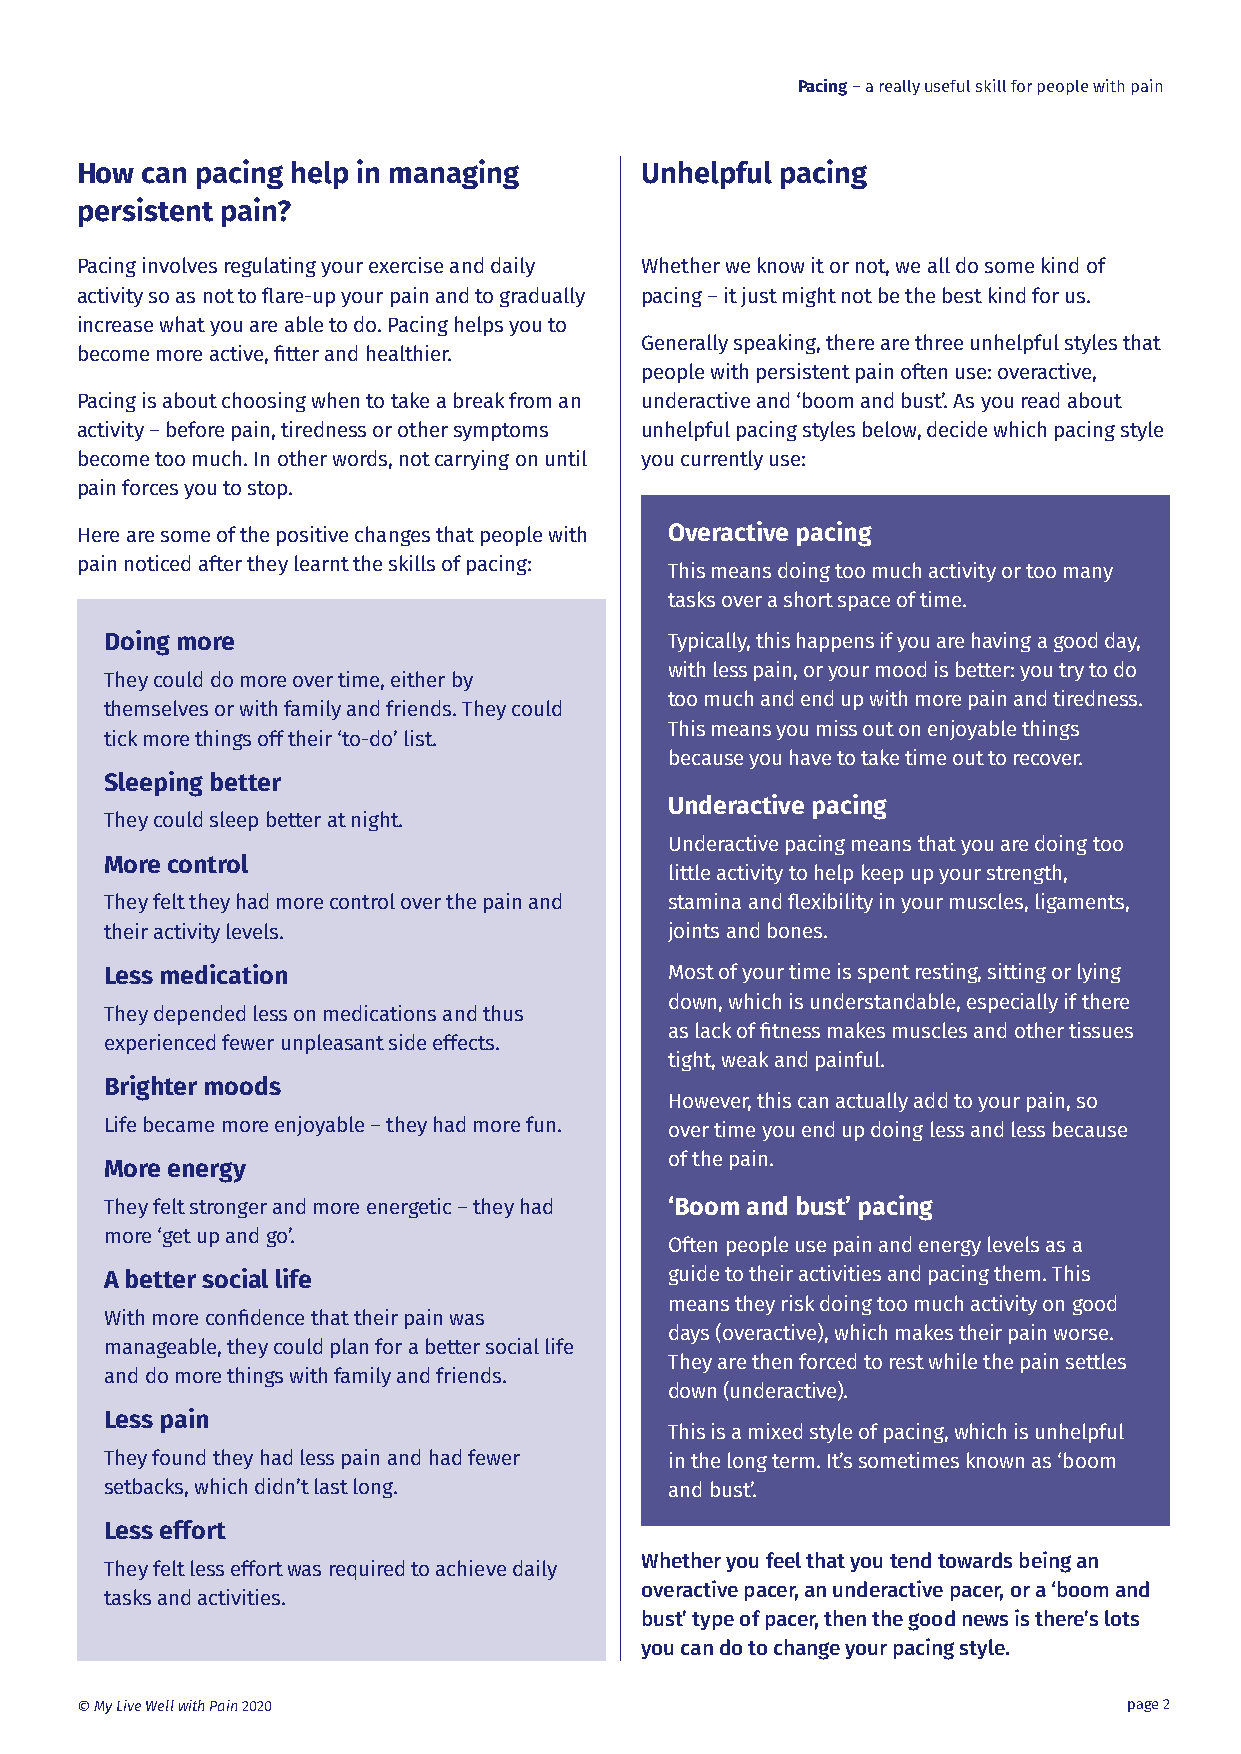
Pacing – a really useful skill for people with pain
 How can pacing help in managing      Unhelpful pacing
 persistent pain?
 Pacing involves regulating your exercise and daily Whether we know it or not, we all do some kind of
 activity so as not to flare-up your pain and to gradually pacing – it just might not be the best kind for us.
 increase what you are able to do. Pacing helps you to
 Generally speaking, there are three unhelpful styles that
 become more active, fitter and healthier.
 people with persistent pain often use: overactive,
 Pacing is about choosing when to take a break from an underactive and ‘boom and bust’. As you read about
 activity – before pain, tiredness or other symptoms unhelpful pacing styles below, decide which pacing style
 become too much. In other words, not carrying on until you currently use:
 pain forces you to stop.
 Here are some of the positive changes that people with Overactive pacing
 pain noticed after they learnt the skills of pacing:
 This means doing too much activity or too many
 tasks over a short space of time.
 Doing more                           Typically, this happens if you are having a good day,
 with less pain, or your mood is better: you try to do
 They could do more over time, either by
 too much and end up with more pain and tiredness.
 themselves or with family and friends. They could
 This means you miss out on enjoyable things
 tick more things off their ‘to-do’ list.
 because you have to take time out to recover.
 Sleeping better
 Underactive pacing
 They could sleep better at night.
 Underactive pacing means that you are doing too
 More control
 little activity to help keep up your strength,
 They felt they had more control over the pain and stamina and flexibility in your muscles, ligaments,
 their activity levels.               joints and bones.
 Less medication                      Most of your time is spent resting, sitting or lying
 down, which is understandable, especially if there
 They depended less on medications and thus
 as lack of fitness makes muscles and other tissues
 experienced fewer unpleasant side effects.
 tight, weak and painful.
 Brighter moods
 However, this can actually add to your pain, so
 Life became more enjoyable – they had more fun. over time you end up doing less and less because
 of the pain.
 More energy
 They felt stronger and more energetic – they had ‘Boom and bust’ pacing
 more ‘get up and go’.
 Often people use pain and energy levels as a
 A better social life                 guide to their activities and pacing them. This
 means they risk doing too much activity on good
 With more confidence that their pain was
 days (overactive), which makes their pain worse.
 manageable, they could plan for a better social life
 They are then forced to rest while the pain settles
 and do more things with family and friends.
 down (underactive).
 Less pain
 This is a mixed style of pacing, which is unhelpful
 They found they had less pain and had fewer in the long term. It’s sometimes known as ‘boom
 setbacks, which didn’t last long.    and bust’.
 Less effort
 Whether you feel that you tend towards being an
 They felt less effort was required to achieve daily
 overactive pacer, an underactive pacer, or a ‘boom and
 tasks and activities.
 bust’ type of pacer, then the good news is there’s lots
 you can do to change your pacing style.
 © My Live Well with Pain 2020                                         page 2